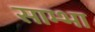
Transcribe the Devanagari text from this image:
साम्भा